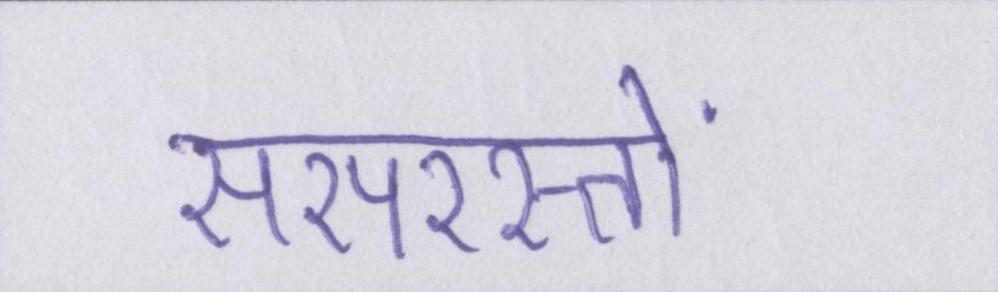
सरपरस्तों